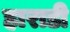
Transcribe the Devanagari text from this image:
हाराडी